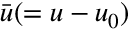
{ \bar { \boldsymbol { u } } } ( = { \boldsymbol { u } } - { \boldsymbol { u } } _ { 0 } )